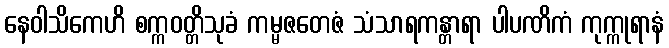
နေဝါသိကေဟိ စက္ကဝတ္တိသုခံ ကမ္မဇတေဇံ သံသာရကန္တာရာ ပါပဏိကံ ကုက္ကုရာနံ